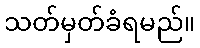
သတ်မှတ်ခံရမည်။